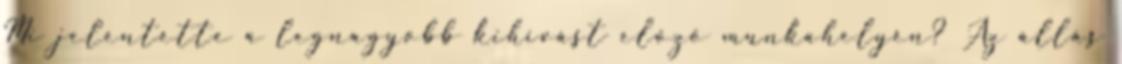
Mi jelentette a legnagyobb kihívást előző munkahelyén? Az állás